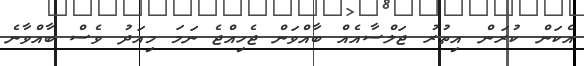
އެކަން ކުރަން އިތުރު ޖަލްސާއެއް ބާއްވަން ޖެހިއްޖެ ނަމަ މިއަދު ވެސް ބާއްވާނެ